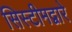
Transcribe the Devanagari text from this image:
सिस्टीमद्वारे